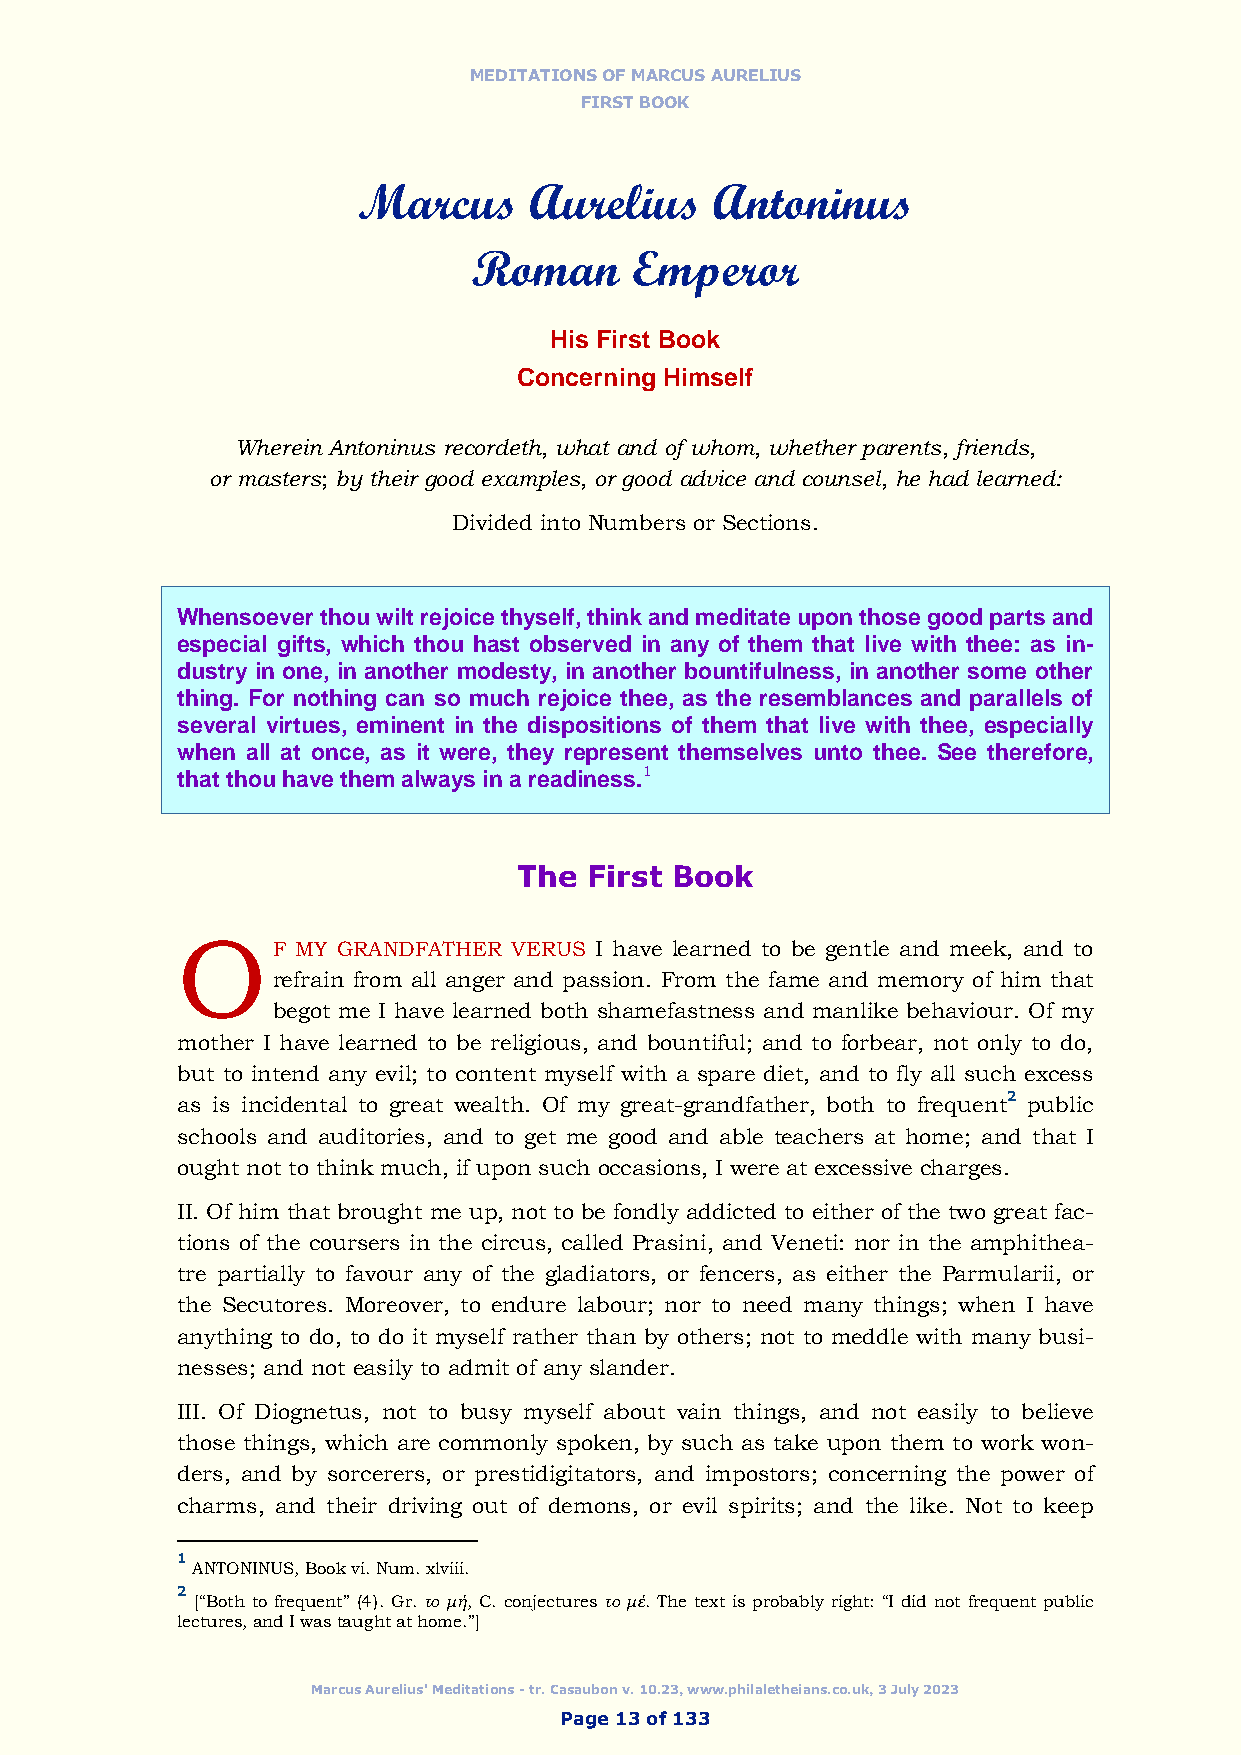
MEDITATIONS OF MARCUS AURELIUS
 FIRST BOOK
 Marcus     Aurelius    Antoninus
 Roman      Emperor
 His First Book
 Concerning Himself
 Wherein Antoninus recordeth, what and of whom, whether parents, friends,
 or masters; by their good examples, or good advice and counsel, he had learned:
 Divided into Numbers or Sections.
 Whensoever thou wilt rejoice thyself, think and meditate upon those good parts and
 especial gifts, which thou hast observed in any of them that live with thee: as in-
 dustry in one, in another modesty, in another bountifulness, in another some other
 thing. For nothing can so much rejoice thee, as the resemblances and parallels of
 several virtues, eminent in the dispositions of them that live with thee, especially
 when all at once, as it were, they represent themselves unto thee. See therefore,
 that thou have them always in a readiness.1
 The  First Book
 O
 F MY GRANDFATHER VERUS I have learned to be gentle and meek, and to
 refrain from all anger and passion. From the fame and memory of him that
 begot me I have learned both shamefastness and manlike behaviour. Of my
 mother I have learned to be religious, and bountiful; and to forbear, not only to do,
 but to intend any evil; to content myself with a spare diet, and to fly all such excess
 as is incidental to great wealth. Of my great-grandfather, both to frequent2 public
 schools and auditories, and to get me good and able teachers at home; and that I
 ought not to think much, if upon such occasions, I were at excessive charges.
 II. Of him that brought me up, not to be fondly addicted to either of the two great fac-
 tions of the coursers in the circus, called Prasini, and Veneti: nor in the amphithea-
 tre partially to favour any of the gladiators, or fencers, as either the Parmularii, or
 the Secutores. Moreover, to endure labour; nor to need many things; when I have
 anything to do, to do it myself rather than by others; not to meddle with many busi-
 nesses; and not easily to admit of any slander.
 III. Of Diognetus, not to busy myself about vain things, and not easily to believe
 those things, which are commonly spoken, by such as take upon them to work won-
 ders, and by sorcerers, or prestidigitators, and impostors; concerning the power of
 charms, and their driving out of demons, or evil spirits; and the like. Not to keep
 1
 ANTONINUS, Book vi. Num. xlviii.
 2
 [“Both to frequent” (4). Gr. το μή, C. conjectures το μέ. The text is probably right: “I did not frequent public
 lectures, and I was taught at home.”]
 Marcus Aurelius' Meditations - tr. Casaubon v. 10.23, www.philaletheians.co.uk, 3 July 2023
 Page 13 of 133